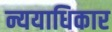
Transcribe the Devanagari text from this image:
न्ययाधिकार